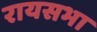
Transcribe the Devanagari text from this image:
रायसभा